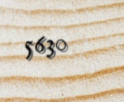
5630